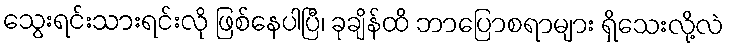
သွေးရင်းသားရင်းလို ဖြစ်နေပါပြီ၊ ခုချိန်ထိ ဘာပြောစရာများ ရှိသေးလို့လဲ